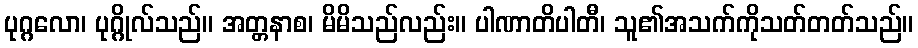
ပုဂ္ဂလော၊ ပုဂ္ဂိုလ်သည်။ အတ္တနာစ၊ မိမိသည်လည်း။ ပါဏာတိပါတီ၊ သူ၏အသက်ကိုသတ်တတ်သည်။